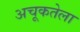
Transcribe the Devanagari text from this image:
अचूकतेला